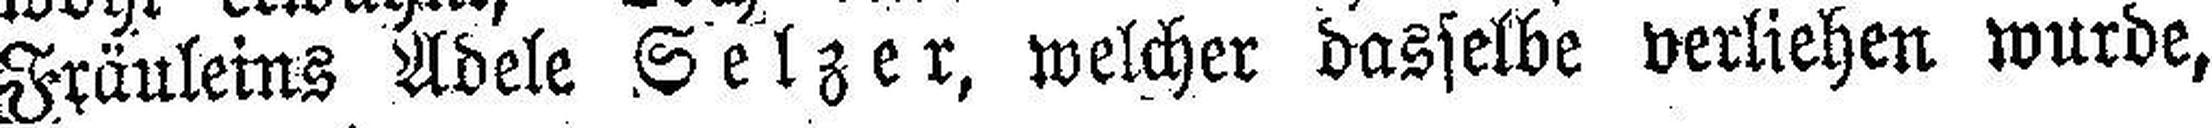
Fräuleins Adele Setzer, welcher dasselbe verliehen wurde,